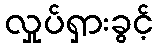
လှုပ်ရှားခွင့်